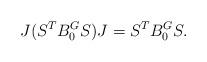
LaTeX: \begin{align*}J(S^{T}B_{0}^{G}S)J=S^{T}B_{0}^{G}S.\end{align*}